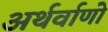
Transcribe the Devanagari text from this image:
अर्थर्वाणो